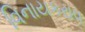
વિનાયકરાવ